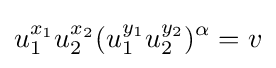
{u}_{1}^{x_{1}}u_{2}^{x_{2}}({u}_{1}^{y_{1}}u_{2}^{y_{2}})^{\alpha }=v